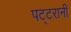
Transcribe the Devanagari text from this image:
पट्टरानी